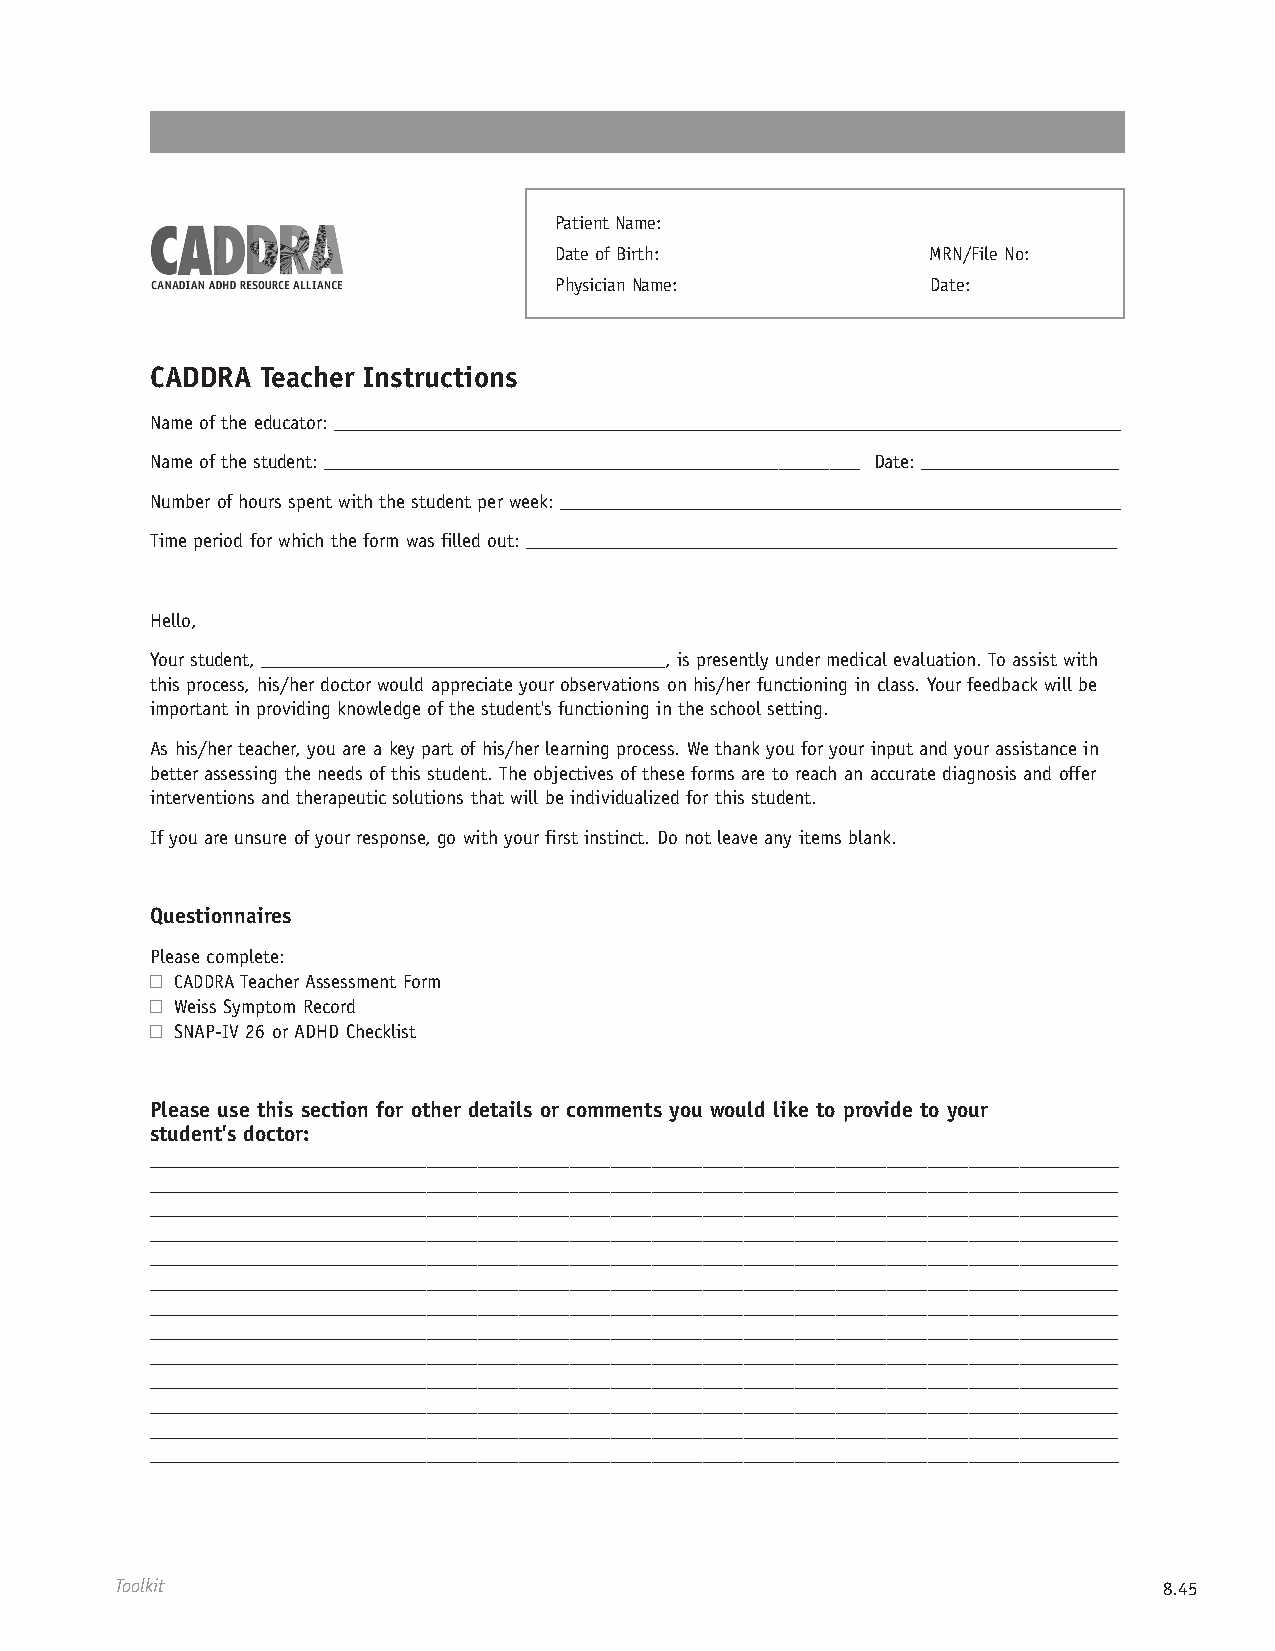
Patient Name:
 Date of Birth:           MRN/File No:
 Physician Name:          Date:
 CADDRA Teacher Instructions
 Name of the educator: ________________________________________________________________________________
 Name of the student: ______________________________________________________ Date: ____________________
 Number of hours spent with the student per week: _________________________________________________________
 Time period for which the form was filled out: ____________________________________________________________
 Hello,
 Your student, _________________________________________, is presently under medical evaluation. To assist with
 this process, his/her doctor would appreciate your observations on his/her functioning in class. Your feedback will be
 important in providing knowledge of the student's functioning in the school setting.
 As his/her teacher, you are a key part of his/her learning process. We thank you for your input and your assistance in
 better assessing the needs of this student. The objectives of these forms are to reach an accurate diagnosis and offer
 interventions and therapeutic solutions that will be individualized for this student.
 If you are unsure of your response, go with your first instinct. Do not leave any items blank.
 Questionnaires
 Please complete:
 CADDRA Teacher Assessment Form
 Weiss Symptom Record
 SNAP-IV 26 or ADHD Checklist
 Please use this section for other details or comments you would like to provide to your
 student's doctor:
 ________________________________________________________________________________________________
 ________________________________________________________________________________________________
 ________________________________________________________________________________________________
 ________________________________________________________________________________________________
 ________________________________________________________________________________________________
 ________________________________________________________________________________________________
 ________________________________________________________________________________________________
 ________________________________________________________________________________________________
 ________________________________________________________________________________________________
 ________________________________________________________________________________________________
 ________________________________________________________________________________________________
 ________________________________________________________________________________________________
 ________________________________________________________________________________________________
 Toolkit                                                              8.45